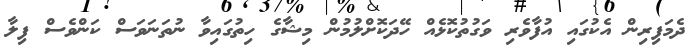
ދެމަފިރިން އެކުގައި އުފާވެރި ވަގުތުކޮޅެއް ހޭދަކޮށްލުމުން މިޝާގެ ހިތުގައިވާ ނުތަނަވަސް ކަންވެސް ފިލާ